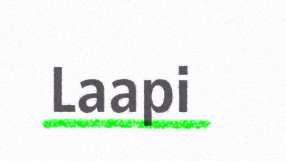
Laapi